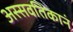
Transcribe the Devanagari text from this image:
अस्सवतिकानं